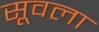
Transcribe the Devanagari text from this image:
सूवला